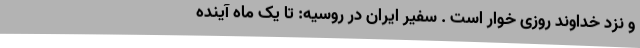
و نزد خداوند روزی خوار است . سفیر ایران در روسیه: تا یک ماه آینده